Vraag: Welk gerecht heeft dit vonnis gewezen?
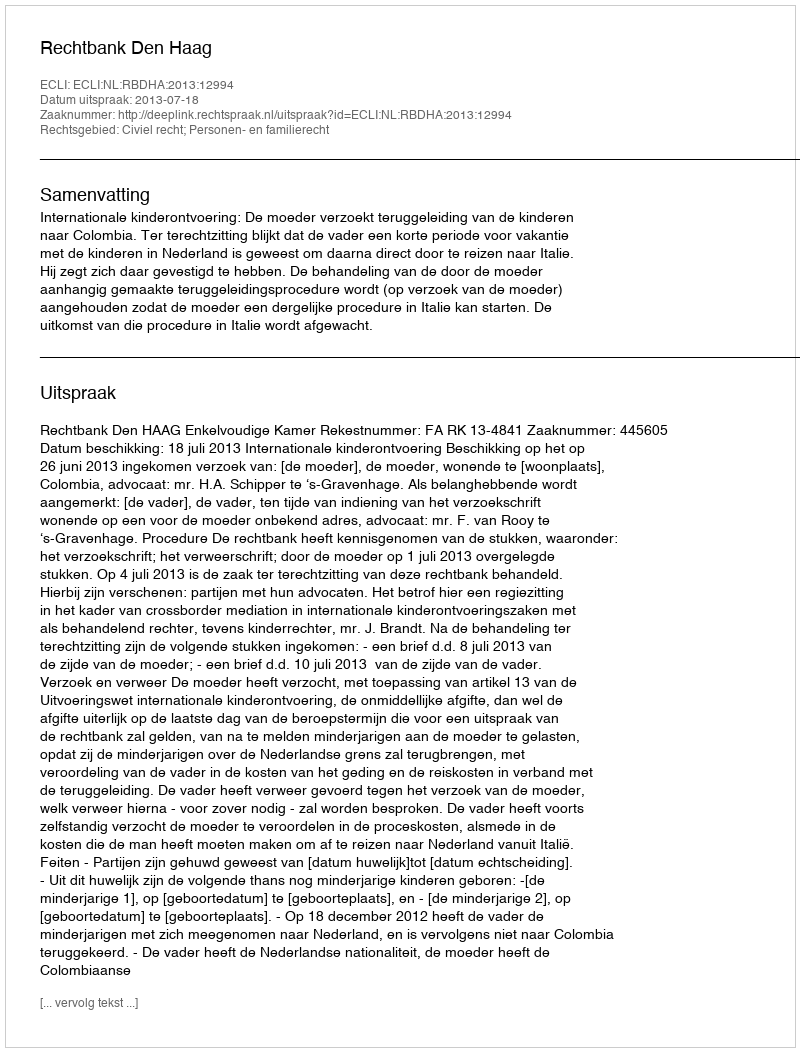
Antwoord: Rechtbank Den Haag